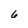
Character: 6